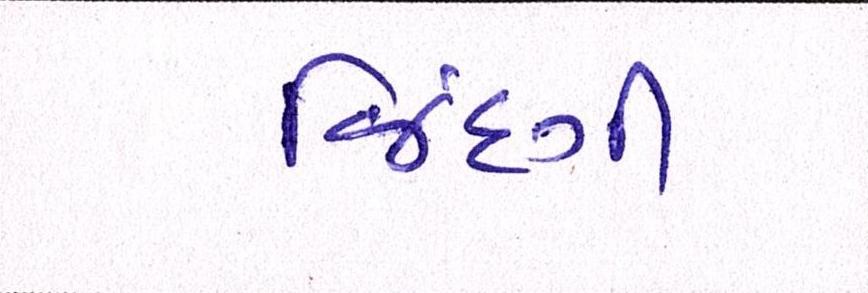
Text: જિંદગી